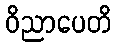
ဝိညာပေတိ